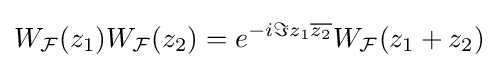
W_{\mathcal {F}}(z_{1})W_{\mathcal {F}}(z_{2})=e^{-i\Im z_{1}{\overline {z_{2}}}}W_{\mathcal {F}}(z_{1}+z_{2})